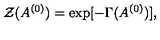
{ \cal Z } ( A ^ { ( 0 ) } ) = \exp [ - \Gamma ( A ^ { ( 0 ) } ) ] ,